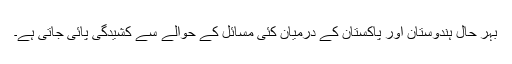
بہر حال ہندوستان اور پاکستان کے درمیان کئی مسائل کے حوالے سے کشیدگی پائی جاتی ہے۔